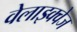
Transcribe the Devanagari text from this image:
वेलाझ्क्वेज